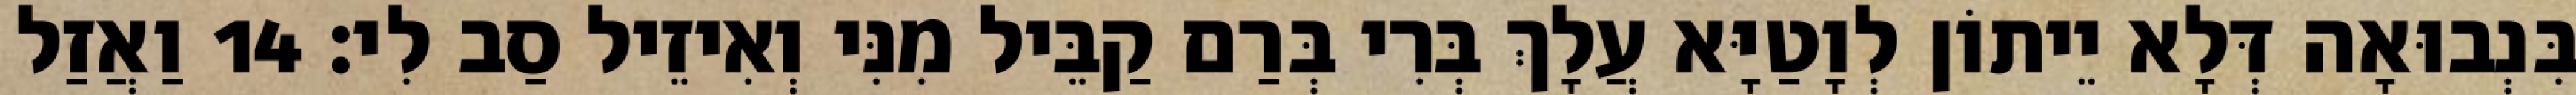
בִּנְבוּאָה דְּלָא יֵיתוֹן לְוָטַיָּא עֲלָךְ בְּרִי בְּרַם קַבֵּיל מִנִּי וְאִיזֵיל סַב לִי׃ 14 וַאֲזַל